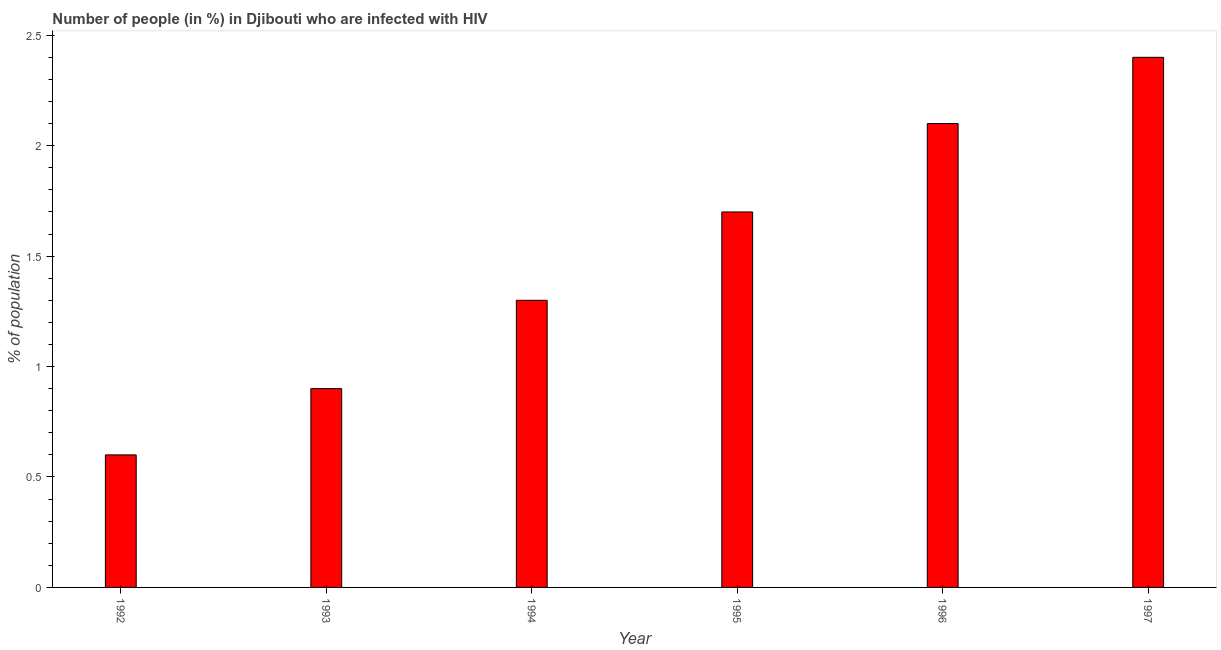
| Year | Infected with HIV |
 | --- | --- |
 | 1992 | 0.6 |
 | 1993 | 0.9 |
 | 1994 | 1.3 |
 | 1995 | 1.7 |
 | 1996 | 2.1 |
 | 1997 | 2.4 |